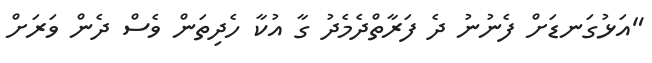
"އަޅުގަނޑަށް ފެނުނު ދެ ފަރާތްދެމެދު ގާ އުކާ ހެދިތަން ވެސް ދެން ވަރަށް